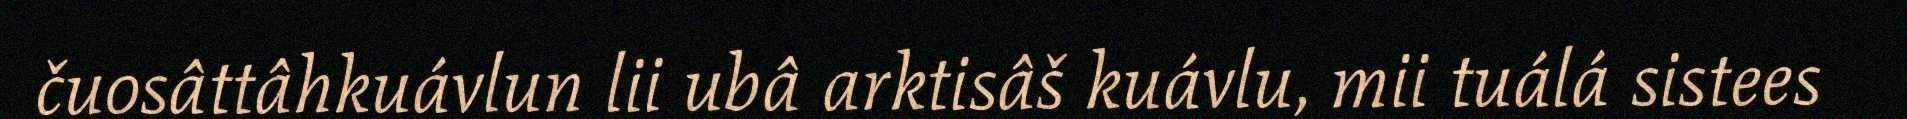
čuosâttâhkuávlun lii ubâ arktisâš kuávlu, mii tuálá sistees